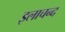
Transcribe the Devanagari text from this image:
इलाचन्द